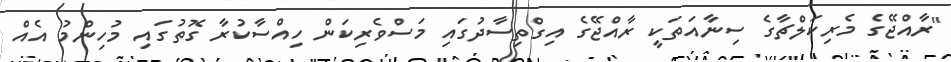
"ރާއްޖޭގެ މެރިކަލްޗާގެ ސިނާއަތަކީ ރާއްޖޭގެ އިގްތިސާދުގައި މަސްވެރިކަން ހިއްސާކުރާ ގޮތުގައި މުހިންމު އެއް